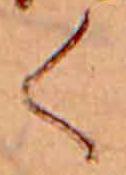
く